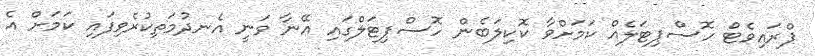
ޕްރައިވެޓް ހޮސްޕިޓަލެއް ކަމަށްވާ ކޮކިލަބެން ހޮސްޕިޓަލްގައި އޭނާ ވަނީ އެނދުމަތިކުރެވިފައި ކަމަށް އެ